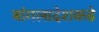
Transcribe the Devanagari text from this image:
बांगलादेशकडे